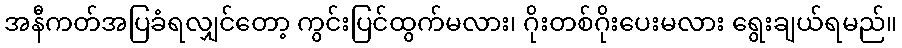
အနီကတ်အပြခံရလျှင်တော့ ကွင်းပြင်ထွက်မလား၊ ဂိုးတစ်ဂိုးပေးမလား ရွေးချယ်ရမည်။